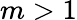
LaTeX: m>1